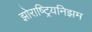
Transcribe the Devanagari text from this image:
झोराष्ट्रियनिझम